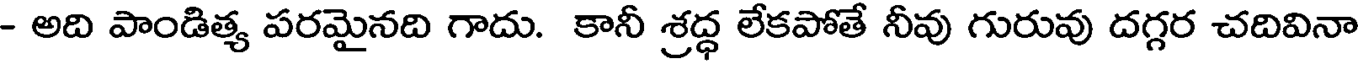
- అది పాండిత్య పరమైనది గాదు. కానీ శ్రద్ధ లేకపోతే నీవు గురువు దగ్గర చదివినా